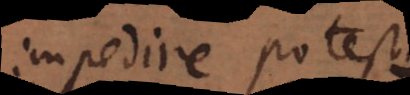
impedire potest.